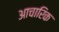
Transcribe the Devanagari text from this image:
आचारिक